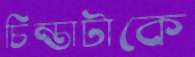
চিন্তাটাকে